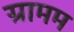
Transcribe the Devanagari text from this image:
ग्रामम